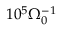
1 0 ^ { 5 } \Omega _ { 0 } ^ { - 1 }